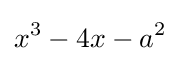
x^{3}-4x-a^{2}